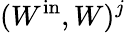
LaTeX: (W^{\mathrm{in}},W)^{j}